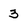
Character: 3